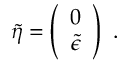
\tilde { \eta } = \left( \begin{array} { c } { { 0 } } \\ { { \tilde { \epsilon } } } \end{array} \right) ~ .